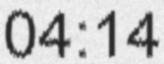
04:14